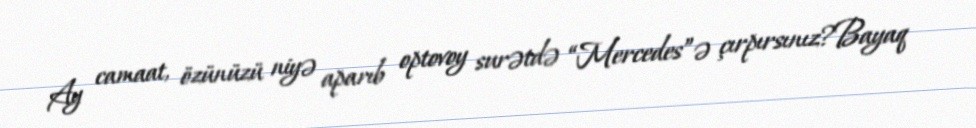
Ay camaat, özünüzü niyə aparıb optovoy surətdə “Mercedes”ə çırpırsınız?Bayaq